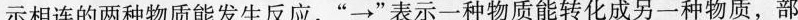
示相连的两种物质能发生反应，”\rightarrow”表示一种物质能转化成另一种物质，部